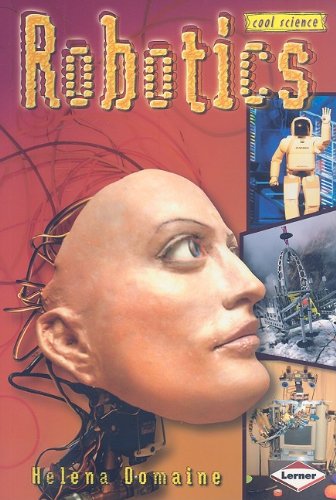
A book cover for Robotics (Cool Science); Helena Domaine; Children's Books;